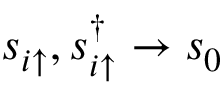
s _ { i \uparrow } , s _ { i \uparrow } ^ { \dagger } \to s _ { 0 }